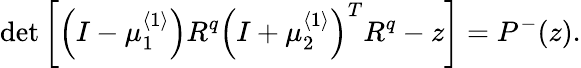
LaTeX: \operatorname*{det}\left[\left(I-\mu_{1}^{\left\langle 1\right\rangle}\right)R^{q}\left(I+\mu_{2}^{\left\langle 1\right\rangle}\right)^{T}R^{q}-z\right]=P^{-}(z).